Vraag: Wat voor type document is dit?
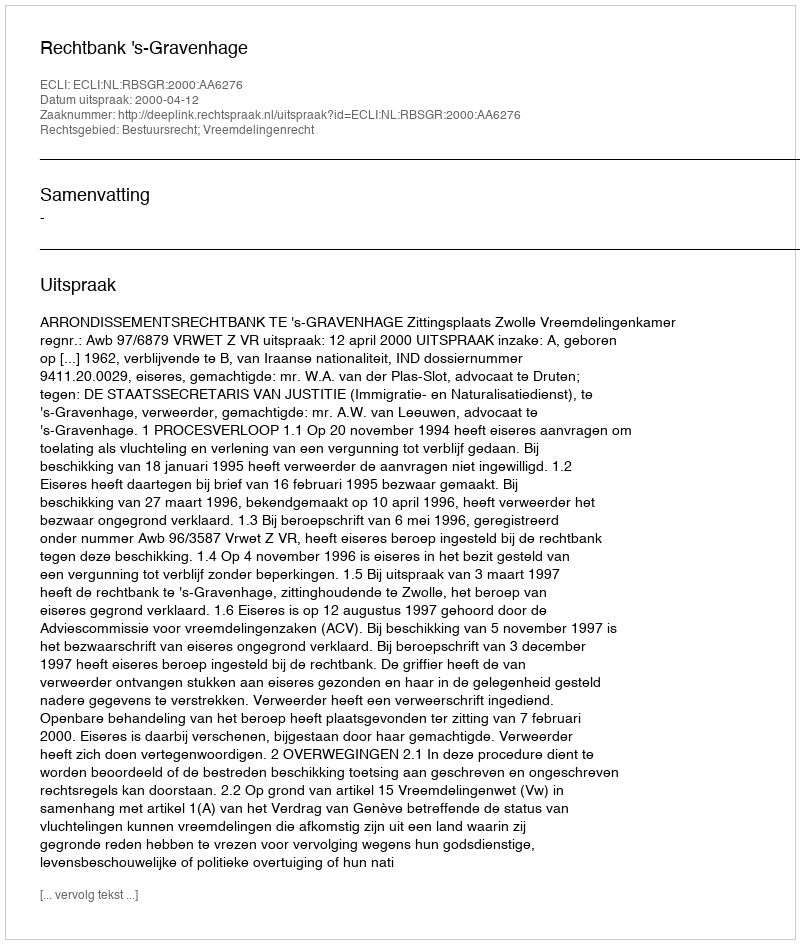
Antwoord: Uitspraak